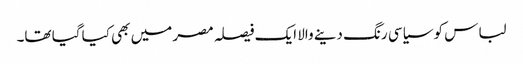
لباس کو سیاسی رنگ دینے والا ایک فیصلہ مصر میں بھی کیا گیا تھا۔